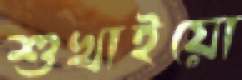
শুখাইয়ো